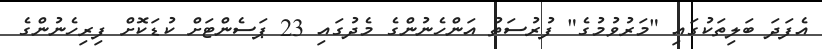
އެފަދަ ބަލިތަކުގައި "މަރުވުމުގެ" ފުރުސަތު އަންހެނުންގެ މެދުގައި 23 ޕަސެންޓަށް ކުޑަކޮށް ފިރިހެނުންގެ